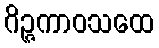
ဂိဉ္ဇကာဝသထေ